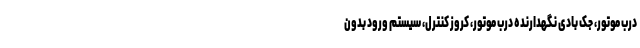
درب موتور، جک بادی نگهدارنده درب موتور، کروز کنترل، سیستم ورود بدون